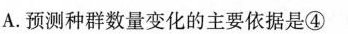
A.预测种群数量变化的主要依据是④